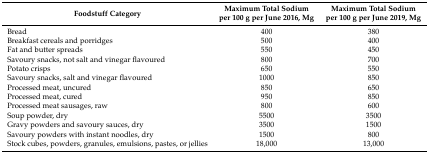
<table><thead><tr><td><b>Foodstuff Category</b></td><td><b>Maximum Total Sodium per 100 g per June 2016, Mg </b></td><td><b>Maximum Total Sodium per 100 g per June 2019, Mg</b></td></tr></thead><tbody><tr><td>Bread</td><td>400</td><td>380</td></tr><tr><td>Breakfast cereals and porridges</td><td>500</td><td>400</td></tr><tr><td>Fat and butter spreads</td><td>550</td><td>450</td></tr><tr><td>Savoury snacks, not salt and vinegar flavoured</td><td>800</td><td>700</td></tr><tr><td>Potato crisps</td><td>650</td><td>550</td></tr><tr><td>Savoury snacks, salt and vinegar flavoured</td><td>1000</td><td>850</td></tr><tr><td>Processed meat, uncured</td><td>850</td><td>650</td></tr><tr><td>Processed meat, cured</td><td>950</td><td>850</td></tr><tr><td>Processed meat sausages, raw</td><td>800</td><td>600</td></tr><tr><td>Soup powder, dry</td><td>5500</td><td>3500</td></tr><tr><td>Gravy powders and savoury sauces, dry</td><td>3500</td><td>1500</td></tr><tr><td>Savoury powders with instant noodles, dry</td><td>1500</td><td>800</td></tr><tr><td>Stock cubes, powders, granules, emulsions, pastes, or jellies</td><td>18,000</td><td>13,000</td></tr></tbody></table>